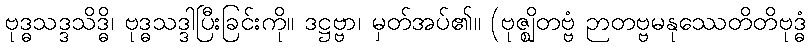
ဗုဒ္ဓသဒ္ဒသိဒ္ဓိ၊ ဗုဒ္ဓသဒ္ဒါပြီးခြင်းကို။ ဒဋ္ဌဗ္ဗာ၊ မှတ်အပ်၏။ (ဗုဇ္ဈိတဗ္ဗံ ဉာတဗ္ဗမနုဿေတိတိဗုဒ္ဓံ